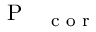
\mathrm { ~ \mathrm { ~ P ~ } ~ } _ { \mathrm { ~ \footnotesize ~ c ~ o ~ r ~ } }